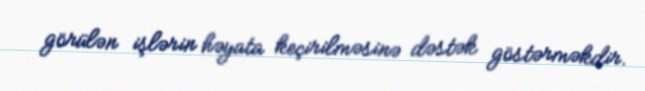
görülən işlərin həyata keçirilməsinə dəstək göstərməkdir.